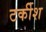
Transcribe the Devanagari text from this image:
टर्कीश